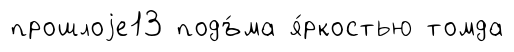
прошлоjе13 подъ́ма я́ркостью томда